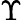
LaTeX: \Upsilon